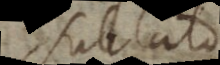
sublato